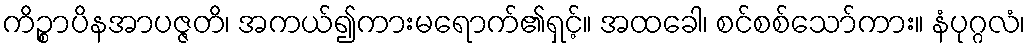
ကိဉ္စာပိနအာပဇ္ဇတိ၊ အကယ်၍ကားမရောက်၏ရှင့်။ အထခေါ၊ စင်စစ်သော်ကား။ နံပုဂ္ဂလံ၊